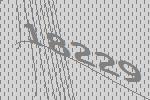
18229